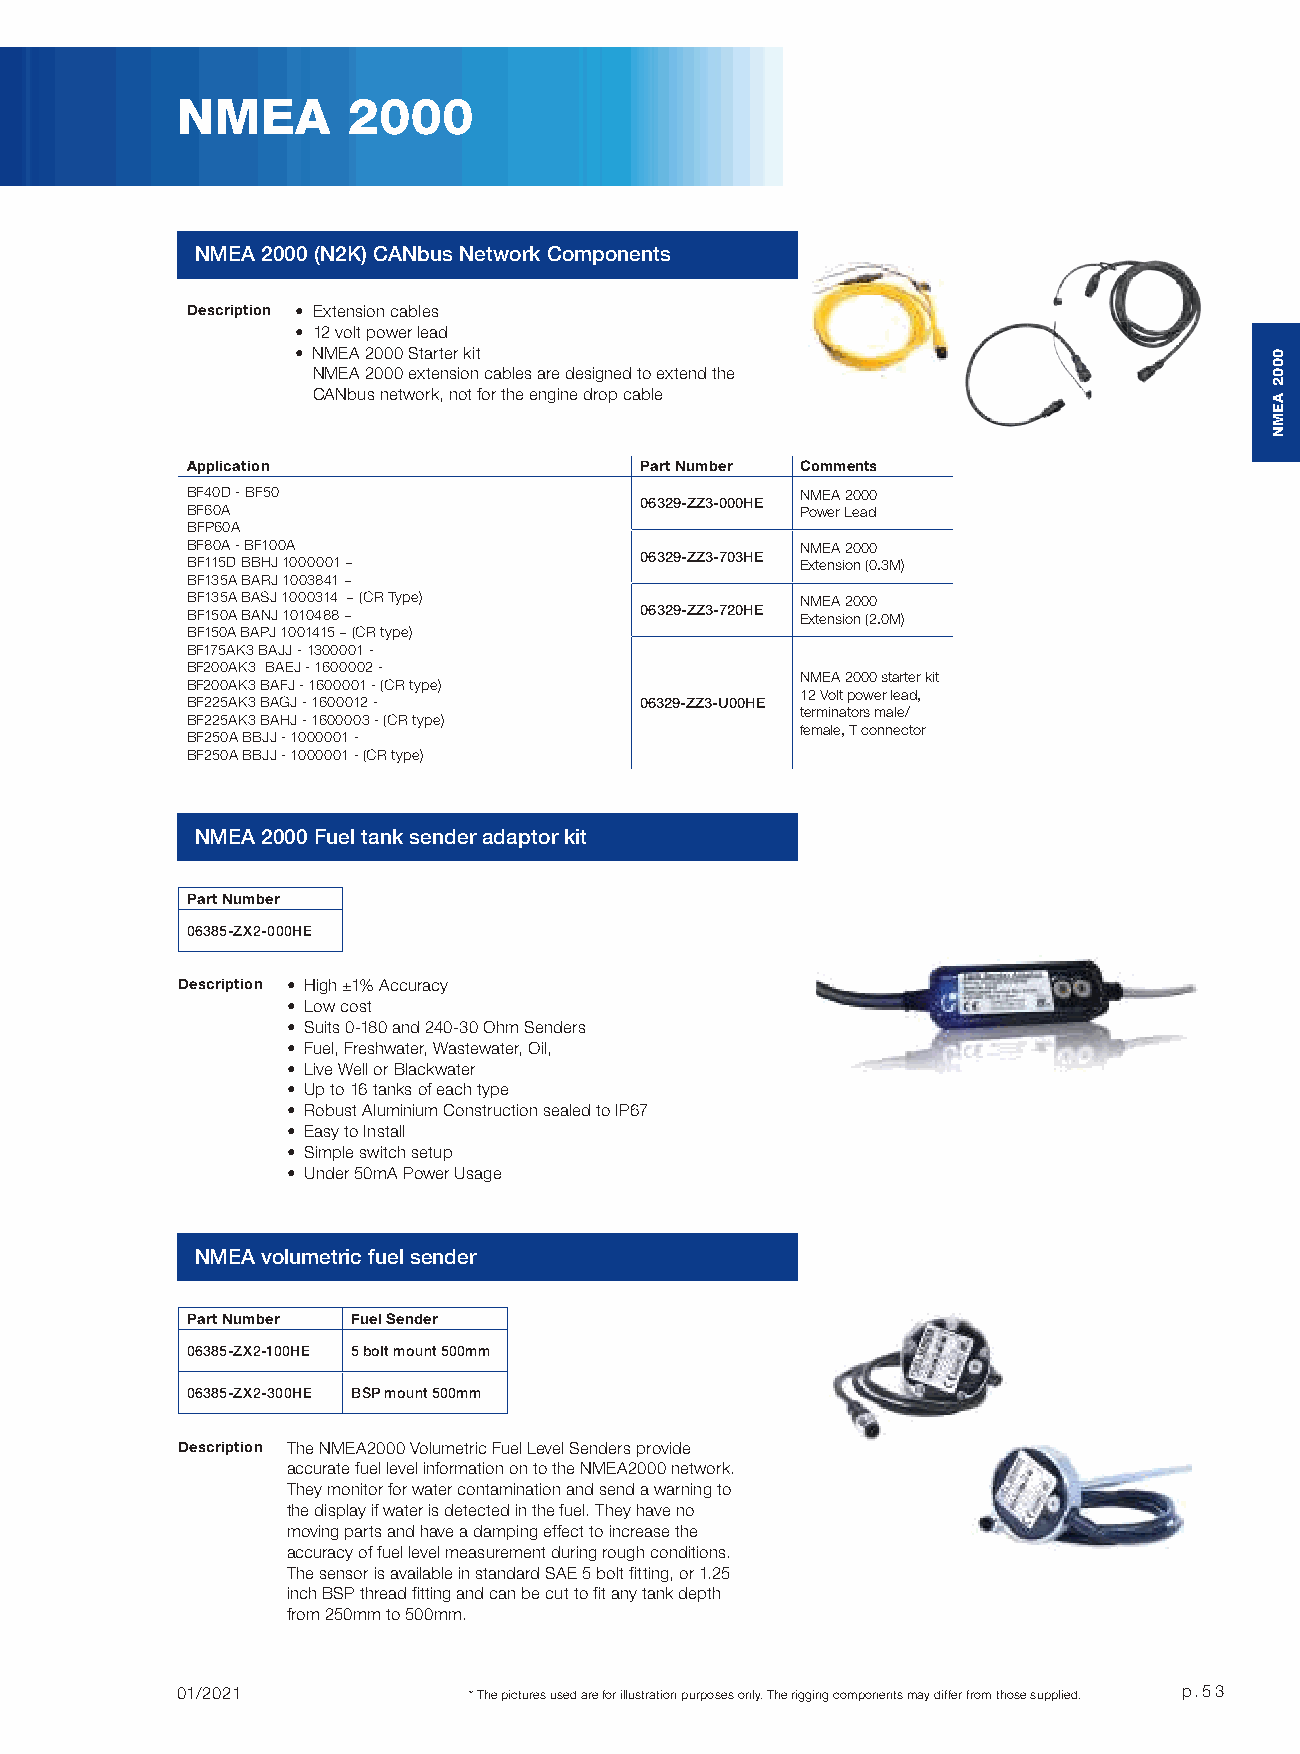
NMEA       2000
 NMEA 2000 (N2K) CANbus Network Components
 Description • Extension cables
 • 12 volt power lead
 • NMEA 2000 Starter kit
 NMEA 2000 extension cables are designed to extend the
 CANbus network, not for the engine drop cable
 Application                   Part Number Comments
 BF40D - BF50                             NMEA 2000
 06329-ZZ3-000HE
 BF60A                                    Power Lead
 BFP60A
 BF80A - BF100A                           NMEA 2000
 BF115D BBHJ 1000001 ~         06329-ZZ3-703HE Extension (0.3M)
 BF135A BARJ 1003841 ~
 BF135A BASJ 1000314 ~ (CR Type)          NMEA 2000
 BF150A BANJ 1010488 ~         06329-ZZ3-720HE Extension (2.0M)
 BF150A BAPJ 1001415 ~ (CR type)
 BF175AK3 BAJJ - 1300001 -
 BF200AK3 BAEJ - 1600002 -
 NMEA 2000 starter kit
 BF200AK3 BAFJ - 1600001 - (CR type)
 12 Volt power lead,
 BF225AK3 BAGJ - 1600012 -     06329-ZZ3-U00HE
 terminators male/
 BF225AK3 BAHJ - 1600003 - (CR type)
 female, T connector
 BF250A BBJJ - 1000001 -
 BF250A BBJJ - 1000001 - (CR type)
 NMEA 2000 Fuel tank sender adaptor kit
 Part Number
 06385-ZX2-000HE
 Description • High ±1% Accuracy
 • Low cost
 • Suits 0-180 and 240-30 Ohm Senders
 • Fuel, Freshwater, Wastewater, Oil,
 • Live Well or Blackwater
 • Up to 16 tanks of each type
 • Robust Aluminium Construction sealed to IP67
 • Easy to Install
 • Simple switch setup
 • Under 50mA Power Usage
 NMEA volumetric fuel sender
 Part Number Fuel Sender
 06385-ZX2-100HE 5 bolt mount 500mm
 06385-ZX2-300HE BSP mount 500mm
 Description The NMEA2000 Volumetric Fuel Level Senders provide
 accurate fuel level information on to the NMEA2000 network.
 They monitor for water contamination and send a warning to
 the display if water is detected in the fuel. They have no
 moving parts and have a damping effect to increase the
 accuracy of fuel level measurement during rough conditions.
 The sensor is available in standard SAE 5 bolt fitting, or 1.25
 inch BSP thread fitting and can be cut to fit any tank depth
 from 250mm to 500mm.
 01/2021            * The pictures used are for illustration purposes only. The rigging components may differ from those supplied. p.53
 0002
 AEMN